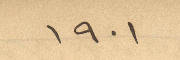
١٩٠١